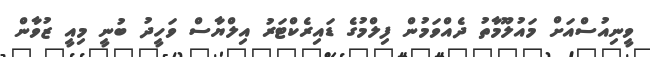
ވީނިއުސްއަށް މައުލޫމާތު ދެއްވަމުން ފިލްމުގެ ޑައިރެކްޓަރު އިލްޔާސް ވަހީދު ބުނީ މިއީ ޒުވާން